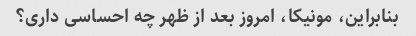
بنابراین، مونیکا، امروز بعد از ظهر چه احساسی داری؟